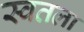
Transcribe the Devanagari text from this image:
स्वतला